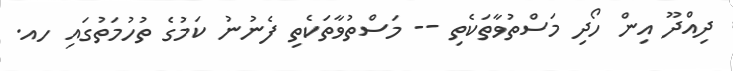
ދިއްދޫ އިން ހޯދި މަސްތުވާތަކެތި -- މަސްތުވާތަކެތި ފެނުނު ކަމުގެ ތުހުމަތުގައި ހއ.